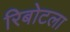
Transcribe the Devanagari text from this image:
रिबोटला